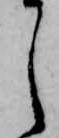
し